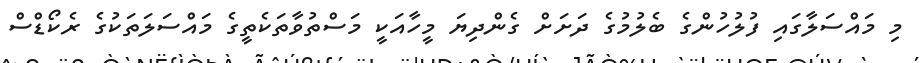
މި މައްސަލާގައި ފުލުހުންގެ ބެލުމުގެ ދަށަށް ގެންދިޔަ މީހާއަކީ މަސްތުވާތަކެތީގެ މައްސަލަތަކުގެ ރެކޯޑްސް